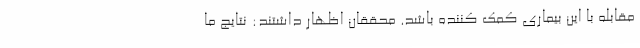
مقابله با این بیماری کمک کننده باشد. محققان اظهار داشتند: نتایج ما